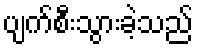
ပျက်စီးသွားခဲ့သည်